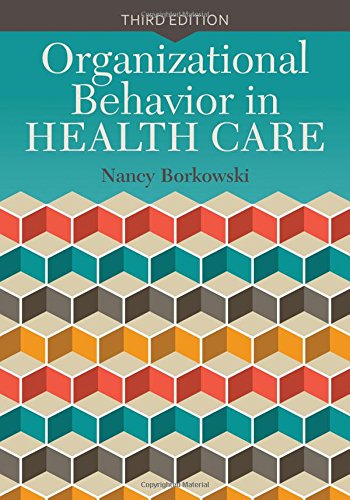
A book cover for Organizational Behavior In Health Care; Nancy Borkowski; Medical Books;